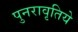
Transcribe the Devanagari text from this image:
पुनरावृतिये